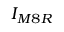
I _ { M 8 R }